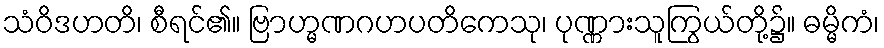
သံဝိဒဟတိ၊ စီရင်၏။ ဗြာဟ္မဏဂဟပတိကေသု၊ ပုဏ္ဏားသူကြွယ်တို့၌။ ဓမ္မိကံ၊